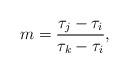
LaTeX: \begin{align*} m = \frac {\tau_j-\tau_i}{\tau_k-\tau_i} ,\end{align*}